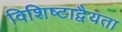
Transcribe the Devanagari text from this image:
विशिष्टाद्वैयता